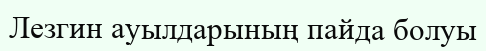
Лезгин ауылдарының пайда болуы